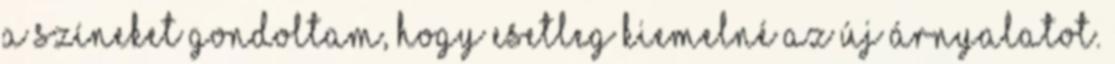
a színeket gondoltam, hogy esetleg kiemelné az új árnyalatot.